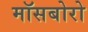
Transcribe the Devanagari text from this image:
मॉसबोरो